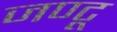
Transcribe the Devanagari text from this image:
जण्टू